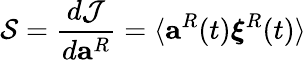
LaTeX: \mathcal{S}=\frac{d\mathcal{J}}{d\mathbf{a}^{R}}=\langle\mathbf{a}^{R}(t)\boldsymbol{\xi}^{R}(t)\rangle